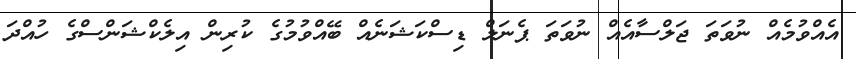
އެއްވުމެއް ނުވަތަ ޖަލްސާއެއް ނުވަތަ ޕެނަލް ޑިސްކަޝަނެއް ބޭއްވުމުގެ ކުރިން އިލެކްޝަންސްގެ ހުއްދަ